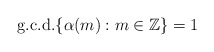
\begin{align*}\mathrm{g. c. d.}\{\alpha(m) : m\in \mathbb{Z}\}=1\end{align*}